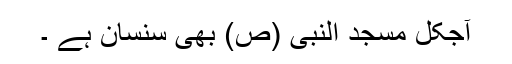
آجکل مسجد النبی (ص) بھی سنسان ہے ۔